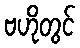
ဗဟိုတွင်